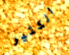
الكثير